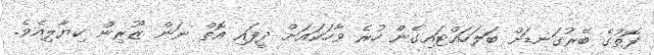
ފޮތުގެ ބޭރުގަނޑަށް ބަލަހައްޓައިގެން ހުރެ ވާހަކައަށް ދީފައި އޮތް ނަން ޒޫރިން ކިޔާލިއެވެ.